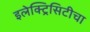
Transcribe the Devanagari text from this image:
इलेक्ट्रिसिटीचा